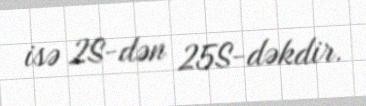
isə 2S-dən 25S-dəkdir.